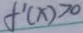
f ^ { \prime } ( x ) > 0